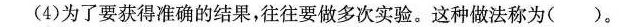
(4)为了要获得准确的结果，往往要做多次实验。这种做法称为( )。